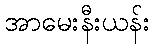
အာမေးနီးယန်း